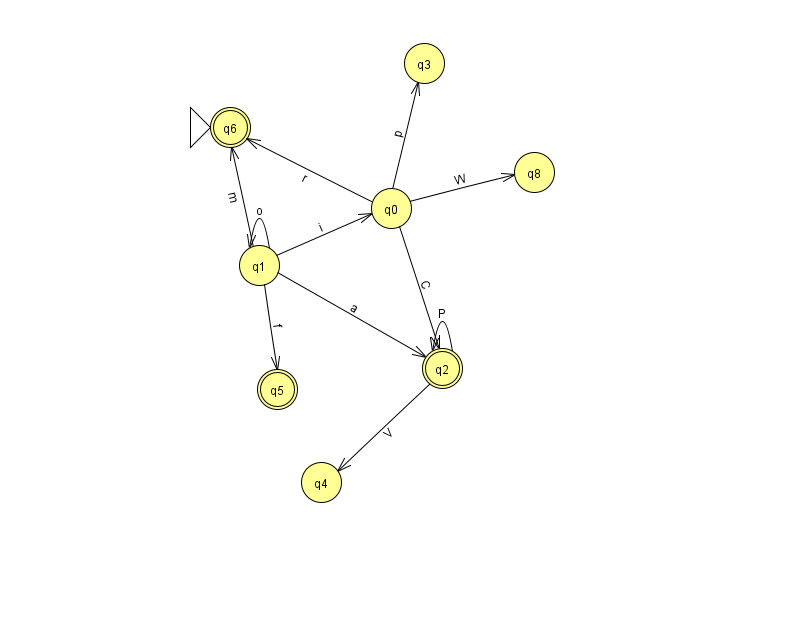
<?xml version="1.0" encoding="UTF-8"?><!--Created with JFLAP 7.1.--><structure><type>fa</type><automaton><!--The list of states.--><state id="0" name="q0"><x>391.0</x><y>195.0</y></state><state id="1" name="q1"><x>259.0</x><y>252.0</y></state><state id="2" name="q2"><x>442.0</x><y>355.0</y><final/></state><state id="3" name="q3"><x>424.0</x><y>50.0</y></state><state id="4" name="q4"><x>321.0</x><y>469.0</y></state><state id="5" name="q5"><x>277.0</x><y>376.0</y><final/></state><state id="6" name="q6"><x>230.0</x><y>114.0</y><initial/><final/></state><state id="8" name="q8"><x>534.0</x><y>159.0</y></state><!--The list of transitions.--><transition><from>2</from><to>2</to><read>P</read></transition><transition><from>0</from><to>2</to><read>C</read></transition><transition><from>2</from><to>4</to><read>V</read></transition><transition><from>0</from><to>6</to><read>r</read></transition><transition><from>1</from><to>6</to><read>m</read></transition><transition><from>1</from><to>0</to><read>i</read></transition><transition><from>0</from><to>3</to><read>p</read></transition><transition><from>0</from><to>8</to><read>W</read></transition><transition><from>1</from><to>2</to><read>a</read></transition><transition><from>1</from><to>5</to><read>f</read></transition><transition><from>1</from><to>1</to><read>o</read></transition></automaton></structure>